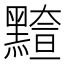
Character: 𪒇